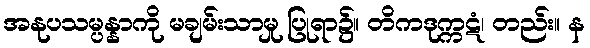
အနုပသမ္ပန္နာကို မချမ်းသာမှု ပြုရာ၌။ တိကဒုက္ကဋံ၊ တည်း။ န